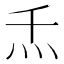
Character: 𰝻